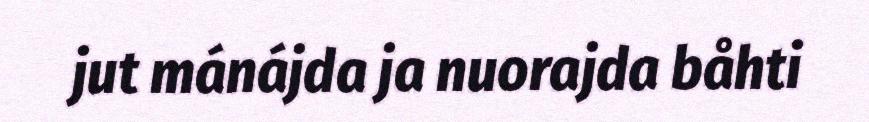
jut mánájda ja nuorajda båhti